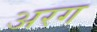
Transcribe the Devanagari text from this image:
अरग